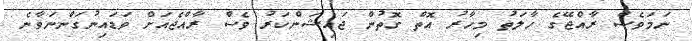
ނަމަވެސް ރާއްޖޭގެ ހާލަތު މިހާރު އޮތް ގޮތުން ޖައިޝަންކަރު ވެސް ރާއްޖެއަށް ވަޑައިނުގަންނަވާނެ